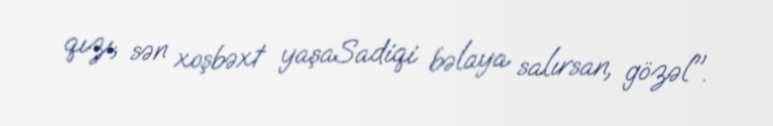
qızı, sən xoşbəxt yaşaSadiqi bəlaya salırsan, gözəl".